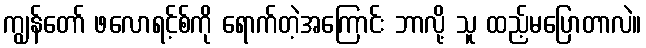
ကျွန်တော် ဖလောရင့်စ်ကို ရောက်တဲ့အကြောင်း ဘာလို့ သူ ထည့်မပြောတာလဲ။